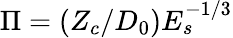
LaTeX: \Pi=(Z_{c}/D_{0})E_{s}^{-1/3}